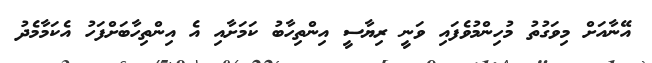
އޭނާއަށް މިވަގުތު މުހިންމުވެފައި ވަނީ ރިޔާސީ އިންތިހާބު ކަމަށާއި އެ އިންތިހާބަށްފަހު އެކަމާމެދު